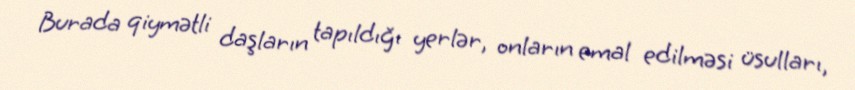
Burada qiymətli daşların tapıldığı yerlər, onların emal edilməsi üsulları,